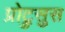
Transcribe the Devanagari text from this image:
प्रोट्रुसुस